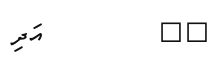
٥٧         އަދި